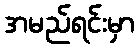
အမည်ရင်းမှာ